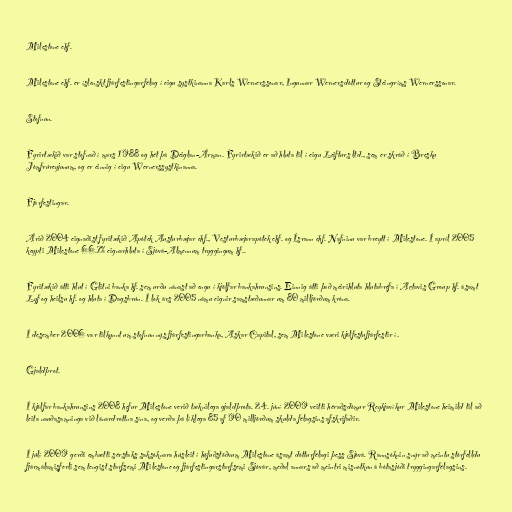
Milestone ehf.

Milestone ehf. er íslenskt fjárfestingarfélag í eigu systkinanna Karls Wernerssonar, Ingunnar Wernersdóttur og Steingríms Wernerssonar.

Stofnun.

Fyrirtækið var stofnað í mars 1988 og hét þá Deiglan-Árman. Fyrirtækið er að hluta til í eigu Leifturs ltd., sem er skráð í Bresku
Jómfrúreyjunum, og er einnig í eigu Wernerssystkinanna.

Fjárfestingar.

Árið 2004 eignaðist fyritækið Apótek Austurbæjar ehf., Vesturbæjarapótek ehf. og Ísrann ehf. Nafninu var breytt í Milestone. Í apríl 2005
keypti Milestone 66.7% eignarhluta í Sjóvá-Almennum tryggingum hf..

Fyritækið átti hlut í Glitni banka hf. sem urðu nánast að engu í kjölfar bankahrunsins. Einnig átti það meirihluta hlutabréfa í Actavis Group hf. ásamt
Lyf og heilsu hf. og hluta í Dagsbrún. Í lok árs 2005 námu eignir samstæðunnar um 80 milljörðum króna.

Í desember 2006 var tilkynnt um stofnun nýs fjárfestingarbanka, Askar Capital, sem Milestone væri kjölfestufjárfestir í.

Gjaldþrot.

Í kjölfar bankahrunsins 2008 hefur Milestone verið tæknilega gjaldþrota. 24. júní 2009 veitti héraðsdómur Reykjavíkur Milestone heimild til að
leita nauðasamninga við lánardrottna sína, og verða þá líklega 85 af 90 milljörðum skulda félagsins afskrifaðir.

Í júlí 2009 gerði embætti sérstaks saksóknara húsleit í höfuðstöðvum Milestone ásamt dótturfélagi þess Sjóvá. Rannsóknin snýr að meintu stórfelldu
fjármálamisferli sem tengist starfsemi Milestone og fjárfestingarstarfsemi Sjóvár, meðal annars að meintri misnotkun á bótasjóði tryggingarfélagsins.